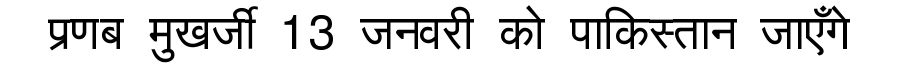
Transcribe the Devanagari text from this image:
प्रणब मुखर्जी 13 जनवरी को पाकिस्तान जाएँगे